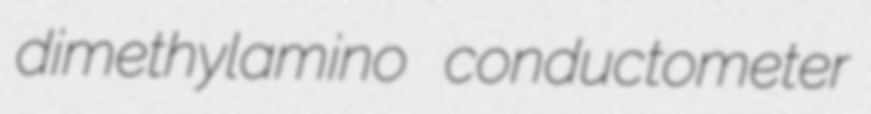
dimethylamino conductometer